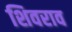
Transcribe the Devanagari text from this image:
शिवराव